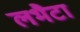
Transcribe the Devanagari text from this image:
लभैटा